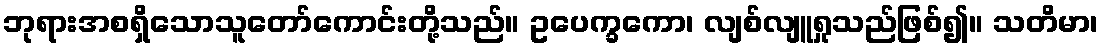
ဘုရားအစရှိသောသူတော်ကောင်းတို့သည်။ ဥပေက္ခကော၊ လျစ်လျူရှုသည်ဖြစ်၍။ သတိမာ၊